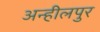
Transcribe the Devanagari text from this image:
अन्हीलपुर